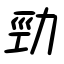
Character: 勁